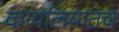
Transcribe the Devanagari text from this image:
कार्यालयातच